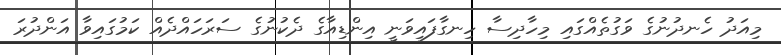
މިއަދު ހެނދުނުގެ ވަގުތެއްގައި މިހާދިސާ ހިނގާފައިވަނީ އިންޑިއާގެ ދެކުނުގެ ސަރަހައްދެއް ކަމުގައިވާ އަންދުރަ